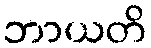
ဘာယတိ